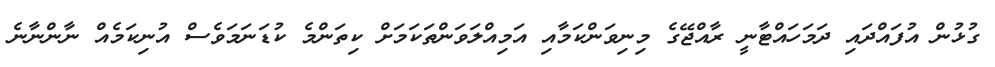
ގުޅުން އުފައްދައި ދަމަހައްޓާނީ ރާއްޖޭގެ މިނިވަންކަމާއި އަމިއްލަވަންތަކަމަށް ކިތަންމެ ކުޑަނަމަވެސް އުނިކަމެއް ނާންނާނެ